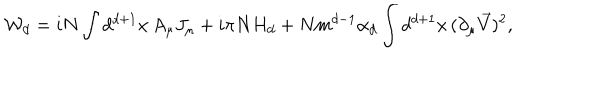
LaTeX: { \cal W } _ { d } = i N \int d ^ { d + 1 } x \, A _ { \mu } J _ { \mu } + i \pi N H _ { d } + N m ^ { d - 1 } \alpha _ { d } \int d ^ { d + 1 } x \, ( \partial _ { \mu } \vec { V } ) ^ { 2 } ,